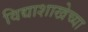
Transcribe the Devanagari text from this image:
विद्याशाखेच्या